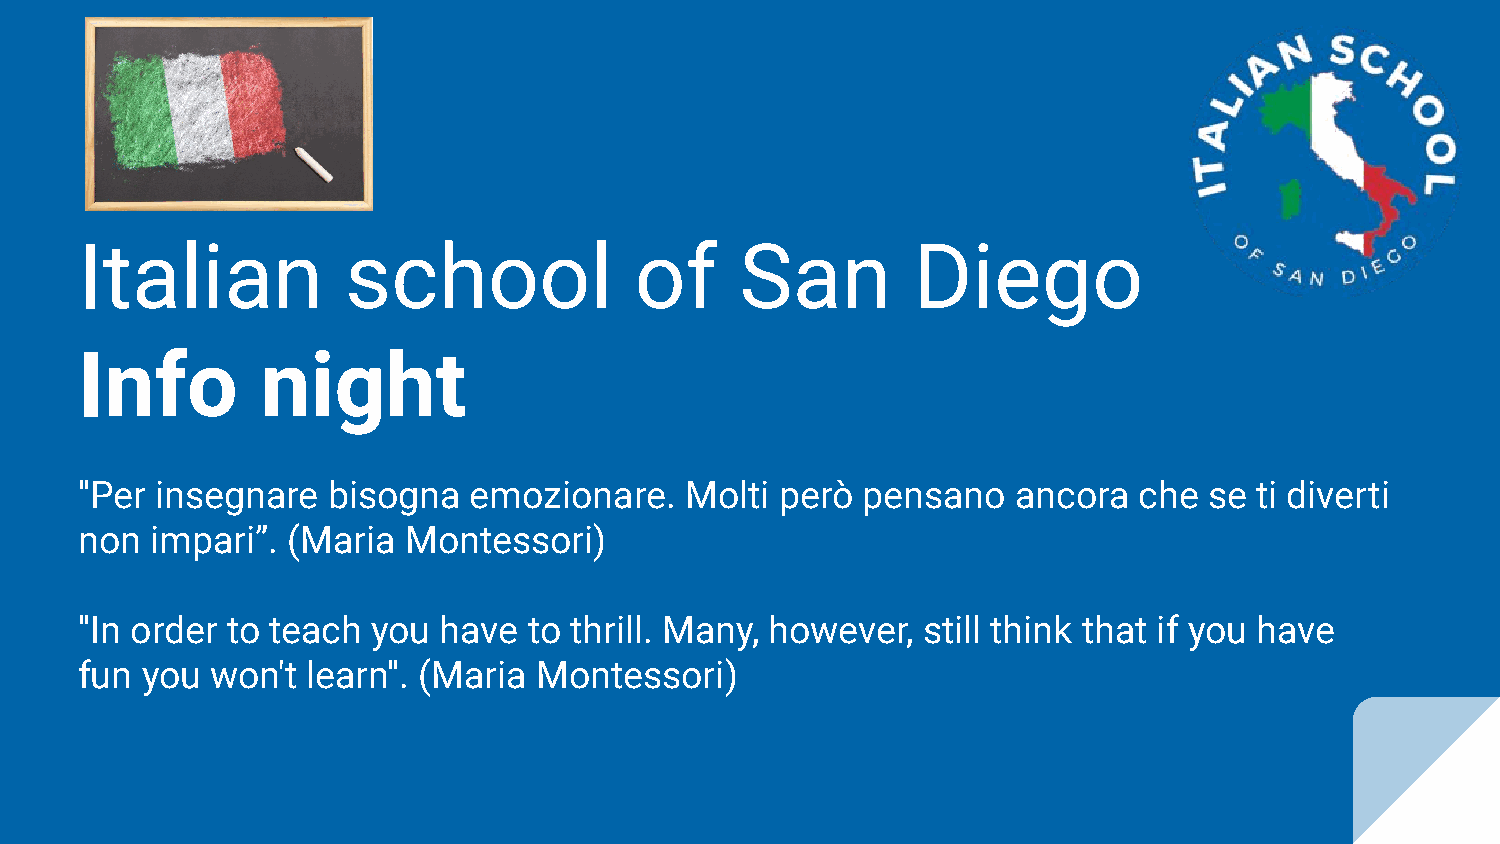
Italian           school             of     San        Diego
 Info        night
 "Per insegnare   bisogna  emozionare.   Molti  però pensano   ancora  che  se ti diverti
 non  impari”. (Maria  Montessori)
 "In order to teach  you have  to thrill. Many, however, still think that if you have
 fun you  won't learn". (Maria Montessori)